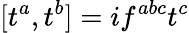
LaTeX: [t^{a},t^{b}]=if^{abc}t^{c}